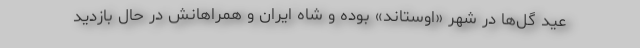
عید گل‌ها در شهر «اوستاند» بوده و شاه ایران و همراهانش در حال بازدید